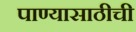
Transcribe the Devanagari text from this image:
पाण्यासाठीची